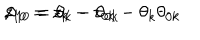
z _ { 1 0 } = z _ { k } - z _ { 0 k } - \theta _ { k } \theta _ { 0 k } \hspace { 1 c m } , \hspace { 1 c m } \theta _ { 1 0 } = \theta _ { k } - \theta _ { 0 k }